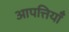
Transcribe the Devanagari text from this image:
आपत्तियॉँ